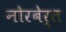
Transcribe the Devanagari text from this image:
नोरबेर्त